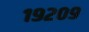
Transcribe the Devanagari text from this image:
१९२०९